Indian journal of veterinary science and animal husbandry - Volume 2,
Year: 1932
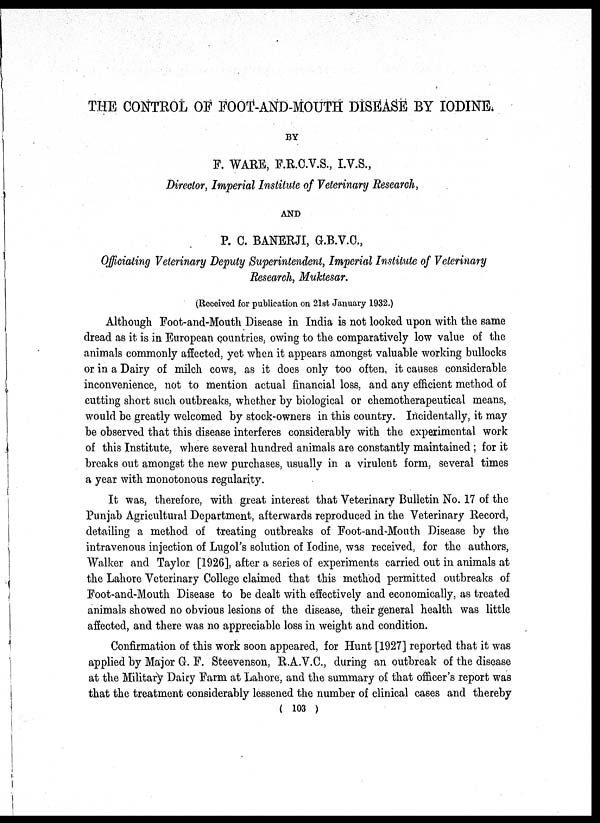
THE CONTROL OF FOOT-AND-MOUTH DISEASE BY IODINE.
BY
F. WARE, F.R.C.V.S., I.V.S.,
Director, Imperial Institute of Veterinary Research,
AND
P. C. BANERJI, G.B.V.C.,
Officiating Veterinary Deputy Superintendent, Imperial Institute of Veterinary
Research, Muktesar.
(Received for publication on 21st January 1932.)
Although Foot-and-Mouth Disease in India is not looked upon with the same
dread as it is in European countries, owing to the comparatively low value of the
animals commonly affected, yet when it appears amongst valuable working bullocks
or in a Dairy of milch cows, as it does only too often, it causes considerable
inconvenience, not to mention actual financial loss, and any efficient method of
cutting short such outbreaks, whether by biological or chemotherapeutical means,
would be greatly welcomed by stock-owners in this country. Incidentally, it may
be observed that this disease interferes considerably with the experimental work
of this Institute, where several hundred animals are constantly maintained ; for it
breaks out amongst the new purchases, usually in a virulent form, several times
a year with monotonous regularity.
It was, therefore, with great interest that Veterinary Bulletin No. 17 of the
Punjab Agricultural Department, afterwards reproduced in the Veterinary Record,
detailing a method of treating outbreaks of Foot-and-Mouth Disease by the
intravenous injection of Lugol's solution of Iodine, was received, for the authors,
Walker and Taylor [1926], after a series of experiments carried out in animals at
the Lahore Veterinary College claimed that this method permitted outbreaks of
Foot-and-Mouth Disease to be dealt with effectively and economically, as treated
animals showed no obvious lesions of the disease, their general health was little
affected, and there was no appreciable loss in weight and condition.
Confirmation of this work soon appeared, for Hunt [1927] reported that it was
applied by Major G. F. Steevenson, R.A.V.C., during an outbreak of the disease
at the Military Dairy Farm at Lahore, and the summary of that officer's report was
that the treatment considerably lessened the number of clinical cases and thereby
( 103 )